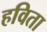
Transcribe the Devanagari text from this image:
हविता